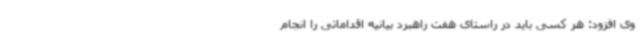
وی افزود: هر کسی باید در راستای هفت راهبرد بیانیه اقداماتی را انجام